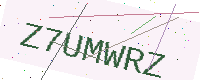
Text: Z7UMWRZ